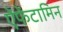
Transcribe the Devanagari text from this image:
ऐंफेंटामिन